Annual report on the working of the lock hospitals in the Central Provinces
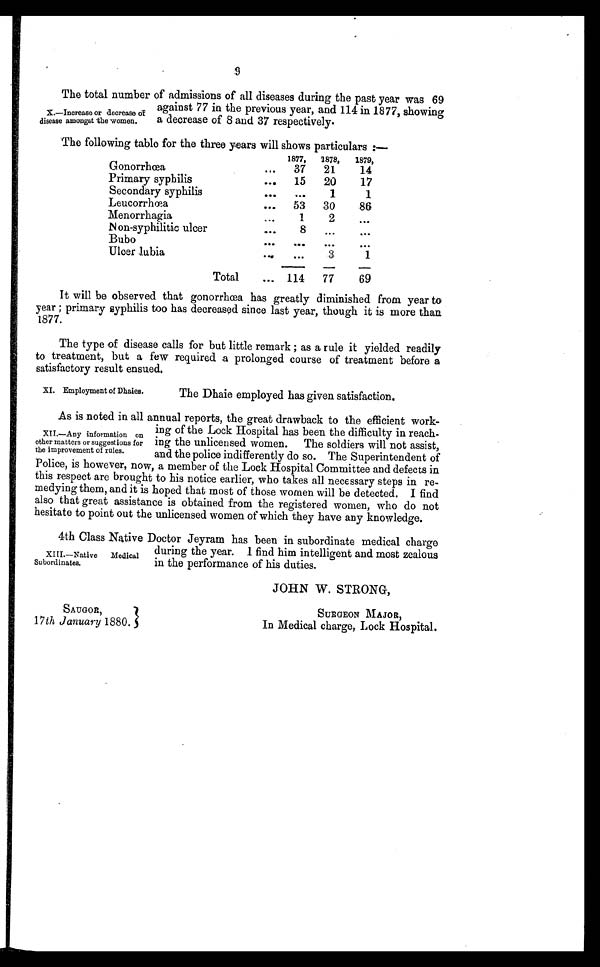
9
The total number of admissions of all diseases during the past year was 69
against 77 in the previous year, and 114 in 1877, showing
a decrease of 8 and 37 respectively.
The following table for the three years will shows particulars
1877,
1878,
1879,
Gonorrhœa
..
37
21
14
Primary syphilis
....
15
20
17
Secondary syphilis
. . .
1
1
Leucorrhœa
...
53
30
86
Menorrhagia...
1
2 . . .
N on-syphilitic ulcer
...
8
. . .
. . .
Bubo
. . .
. . . . . .
Ulcer lubia
...
...
.3
1
Total
... 114
77
69
It will be observed that gonorrhœa has greatly diminished from year to
year ; primary syphilis too has decreased since last year, though it is more than
1877.
The type of disease calls for but little remark, as a rule it yielded readily
to treatment, but a few required a prolonged course of treatment before a
satisfactory result ensued.
X.—Increase or decrease 0f
disease amongst the 'women.
XI. Employment of Dhaies.
The Dhaie employed has given satisfaction.
As is noted in all annual reports, the great drawback to the efficient work-
ing of the Lock Hospital has been the difficulty in reach-
ing the unlicensed women. The soldiers will not assist,
and the police indifferently do so. The Superintendent of
Police, is however, now, a member of the Lock Hospital Committee and defects in
this respect are brought to his notice earlier, who takes all necessary steps in re-
medying them, and it is hoped that most of those women will be detected. I find
also that great assistance is obtained from the registered women, who do not
hesitate to point out the unlicensed women of which they have any knowledge.
4th Class Native Doctor Jeyram has been in subordinate medical charge
during the year. I find him intelligent and most zealous
in the performance of his duties.
JOHN W. STRONG,
SAUGOR,
SURGEON MAJOR,
17 th January 1880. In Medical charge, Lock Hospital.
XII.—Any information on
other matters or suggestions for
the improvement of rules.
XIII.—Native Medical
Subordinates.